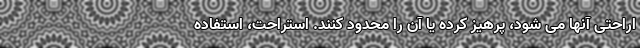
اراحتی آنها می شود، پرهیز کرده یا آن را محدود کنند. استراحت، استفاده